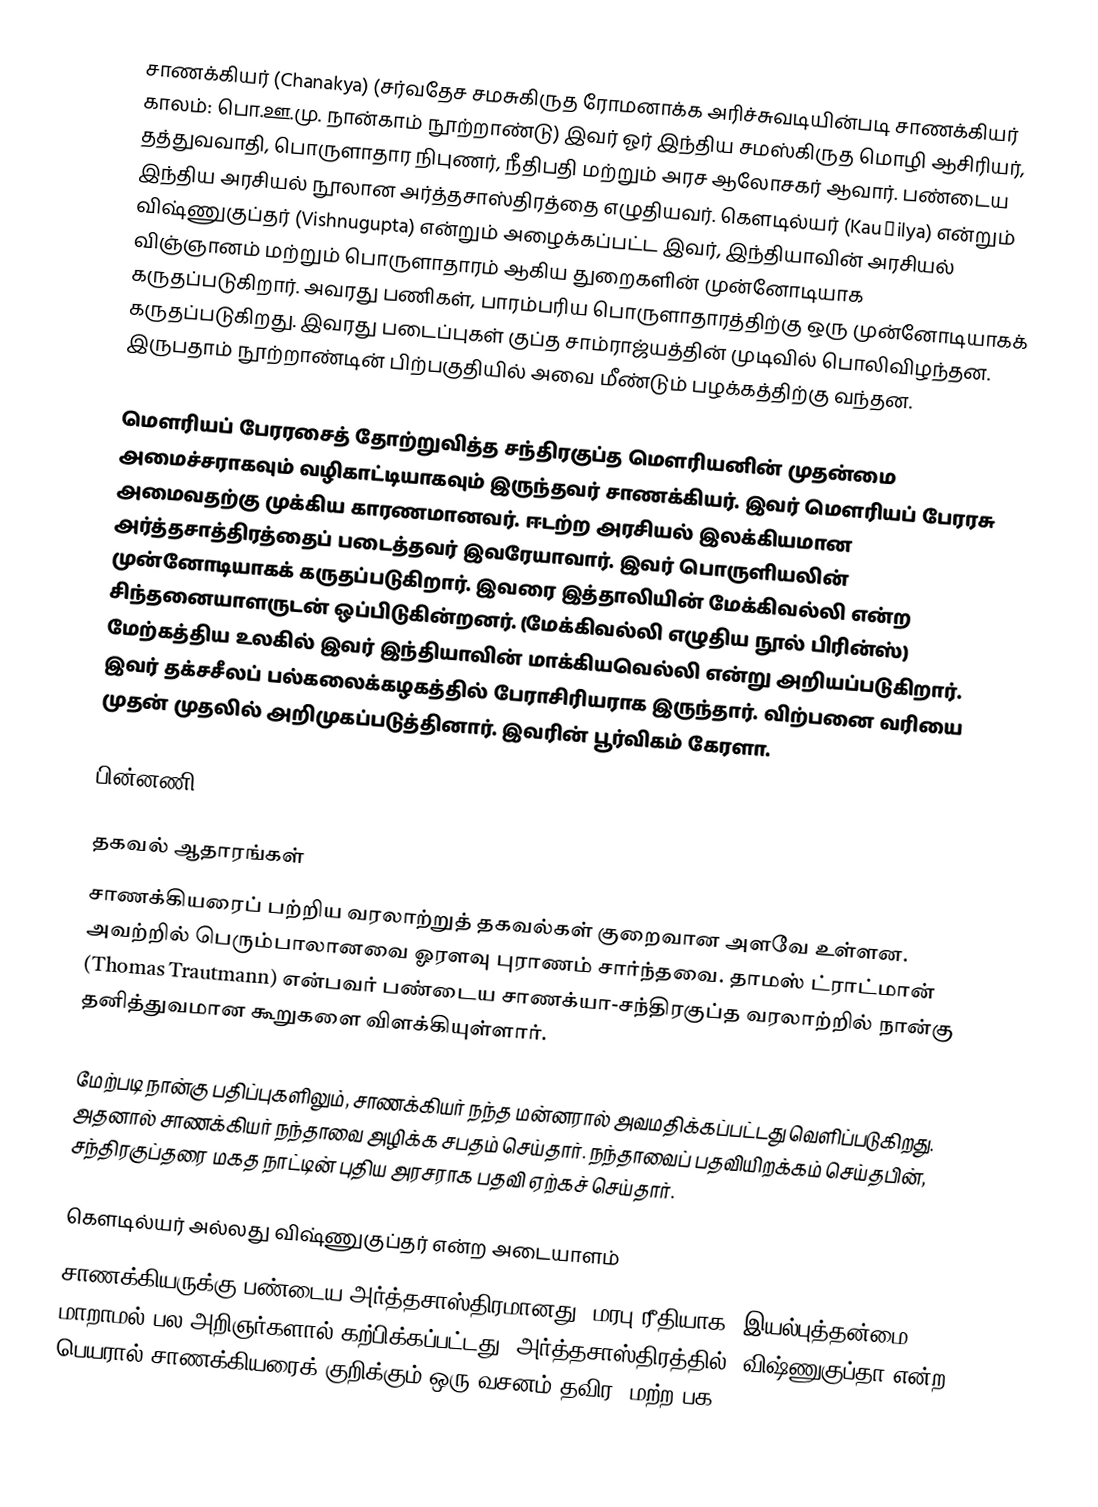
சாணக்கியர் (Chanakya) (சர்வதேச சமசுகிருத ரோமனாக்க அரிச்சுவடியின்படி சாணக்கியர் காலம்: பொ.ஊ.மு. நான்காம் நூற்றாண்டு) இவர் ஓர் இந்திய சமஸ்கிருத மொழி ஆசிரியர், தத்துவவாதி, பொருளாதார நிபுணர், நீதிபதி மற்றும் அரச ஆலோசகர் ஆவார். பண்டைய இந்திய அரசியல் நூலான அர்த்தசாஸ்திரத்தை எழுதியவர்.  கௌடில்யர் (Kauṭilya) என்றும் விஷ்ணுகுப்தர் (Vishnugupta) என்றும் அழைக்கப்பட்ட இவர், இந்தியாவின் அரசியல் விஞ்ஞானம் மற்றும் பொருளாதாரம் ஆகிய துறைகளின் முன்னோடியாக கருதப்படுகிறார். அவரது பணிகள், பாரம்பரிய பொருளாதாரத்திற்கு ஒரு முன்னோடியாகக் கருதப்படுகிறது.  இவரது படைப்புகள் குப்த சாம்ராஜ்யத்தின் முடிவில் பொலிவிழந்தன.  இருபதாம் நூற்றாண்டின் பிற்பகுதியில் அவை மீண்டும் பழக்கத்திற்கு வந்தன.

மௌரியப் பேரரசைத் தோற்றுவித்த சந்திரகுப்த மௌரியனின் முதன்மை அமைச்சராகவும் வழிகாட்டியாகவும் இருந்தவர் சாணக்கியர். இவர் மௌரியப் பேரரசு அமைவதற்கு முக்கிய காரணமானவர். ஈடற்ற அரசியல் இலக்கியமான அர்த்தசாத்திரத்தைப் படைத்தவர் இவரேயாவார். இவர் பொருளியலின் முன்னோடியாகக் கருதப்படுகிறார். இவரை இத்தாலியின் மேக்கிவல்லி என்ற சிந்தனையாளருடன் ஒப்பிடுகின்றனர். (மேக்கிவல்லி எழுதிய நூல் பிரின்ஸ்) மேற்கத்திய உலகில் இவர் இந்தியாவின் மாக்கியவெல்லி என்று அறியப்படுகிறார். இவர் தக்சசீலப் பல்கலைக்கழகத்தில் பேராசிரியராக இருந்தார். விற்பனை வரியை முதன் முதலில் அறிமுகப்படுத்தினார். இவரின் பூர்விகம் கேரளா.

பின்னணி

தகவல் ஆதாரங்கள்
சாணக்கியரைப் பற்றிய வரலாற்றுத் தகவல்கள் குறைவான அளவே உள்ளன. அவற்றில் பெரும்பாலானவை ஓரளவு புராணம் சார்ந்தவை. தாமஸ் ட்ராட்மான் (Thomas Trautmann) என்பவர் பண்டைய சாணக்யா-சந்திரகுப்த வரலாற்றில் நான்கு தனித்துவமான கூறுகளை விளக்கியுள்ளார்.

மேற்படி நான்கு பதிப்புகளிலும், சாணக்கியர் நந்த மன்னரால் அவமதிக்கப்பட்டது வெளிப்படுகிறது. அதனால் சாணக்கியர் நந்தாவை அழிக்க சபதம் செய்தார். நந்தாவைப் பதவியிறக்கம் செய்தபின், சந்திரகுப்தரை மகத நாட்டின் புதிய அரசராக பதவி ஏற்கச் செய்தார்.

கௌடில்யர் அல்லது விஷ்ணுகுப்தர் என்ற அடையாளம்
சாணக்கியருக்கு பண்டைய அர்த்தசாஸ்திரமானது, மரபு ரீதியாக, இயல்புத்தன்மை, மாறாமல் பல அறிஞர்களால் கற்பிக்கப்பட்டது.  அர்த்தசாஸ்திரத்தில், விஷ்ணுகுப்தா என்ற பெயரால் சாணக்கியரைக் குறிக்கும் ஒரு வசனம் தவிர, மற்ற பக